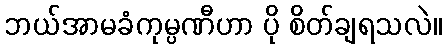
ဘယ်အာမခံကုမ္ပဏီဟာ ပို စိတ်ချရသလဲ။